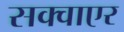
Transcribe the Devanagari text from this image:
सक्वाएर